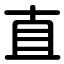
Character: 直